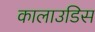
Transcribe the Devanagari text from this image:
कालाउडिस